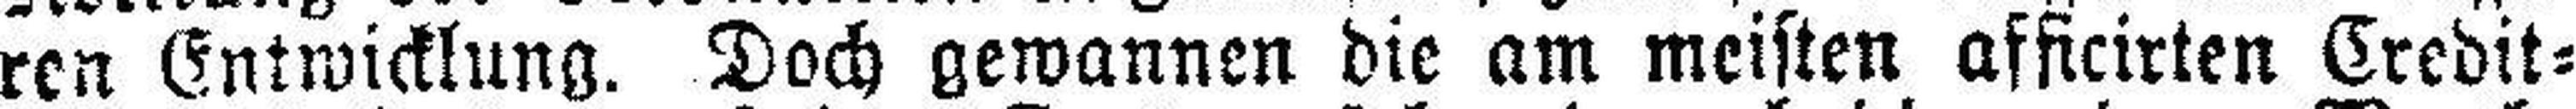
ren Entwicklung. Doch gewannen die am meisten affieirten Credit¬